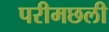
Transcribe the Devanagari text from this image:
परीमछली